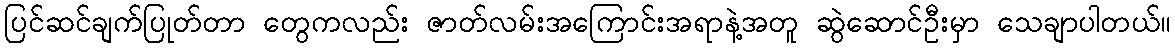
ပြင်ဆင်ချက်ပြုတ်တာ တွေကလည်း ဇာတ်လမ်းအကြောင်းအရာနဲ့အတူ ဆွဲဆောင်ဦးမှာ သေချာပါတယ်။